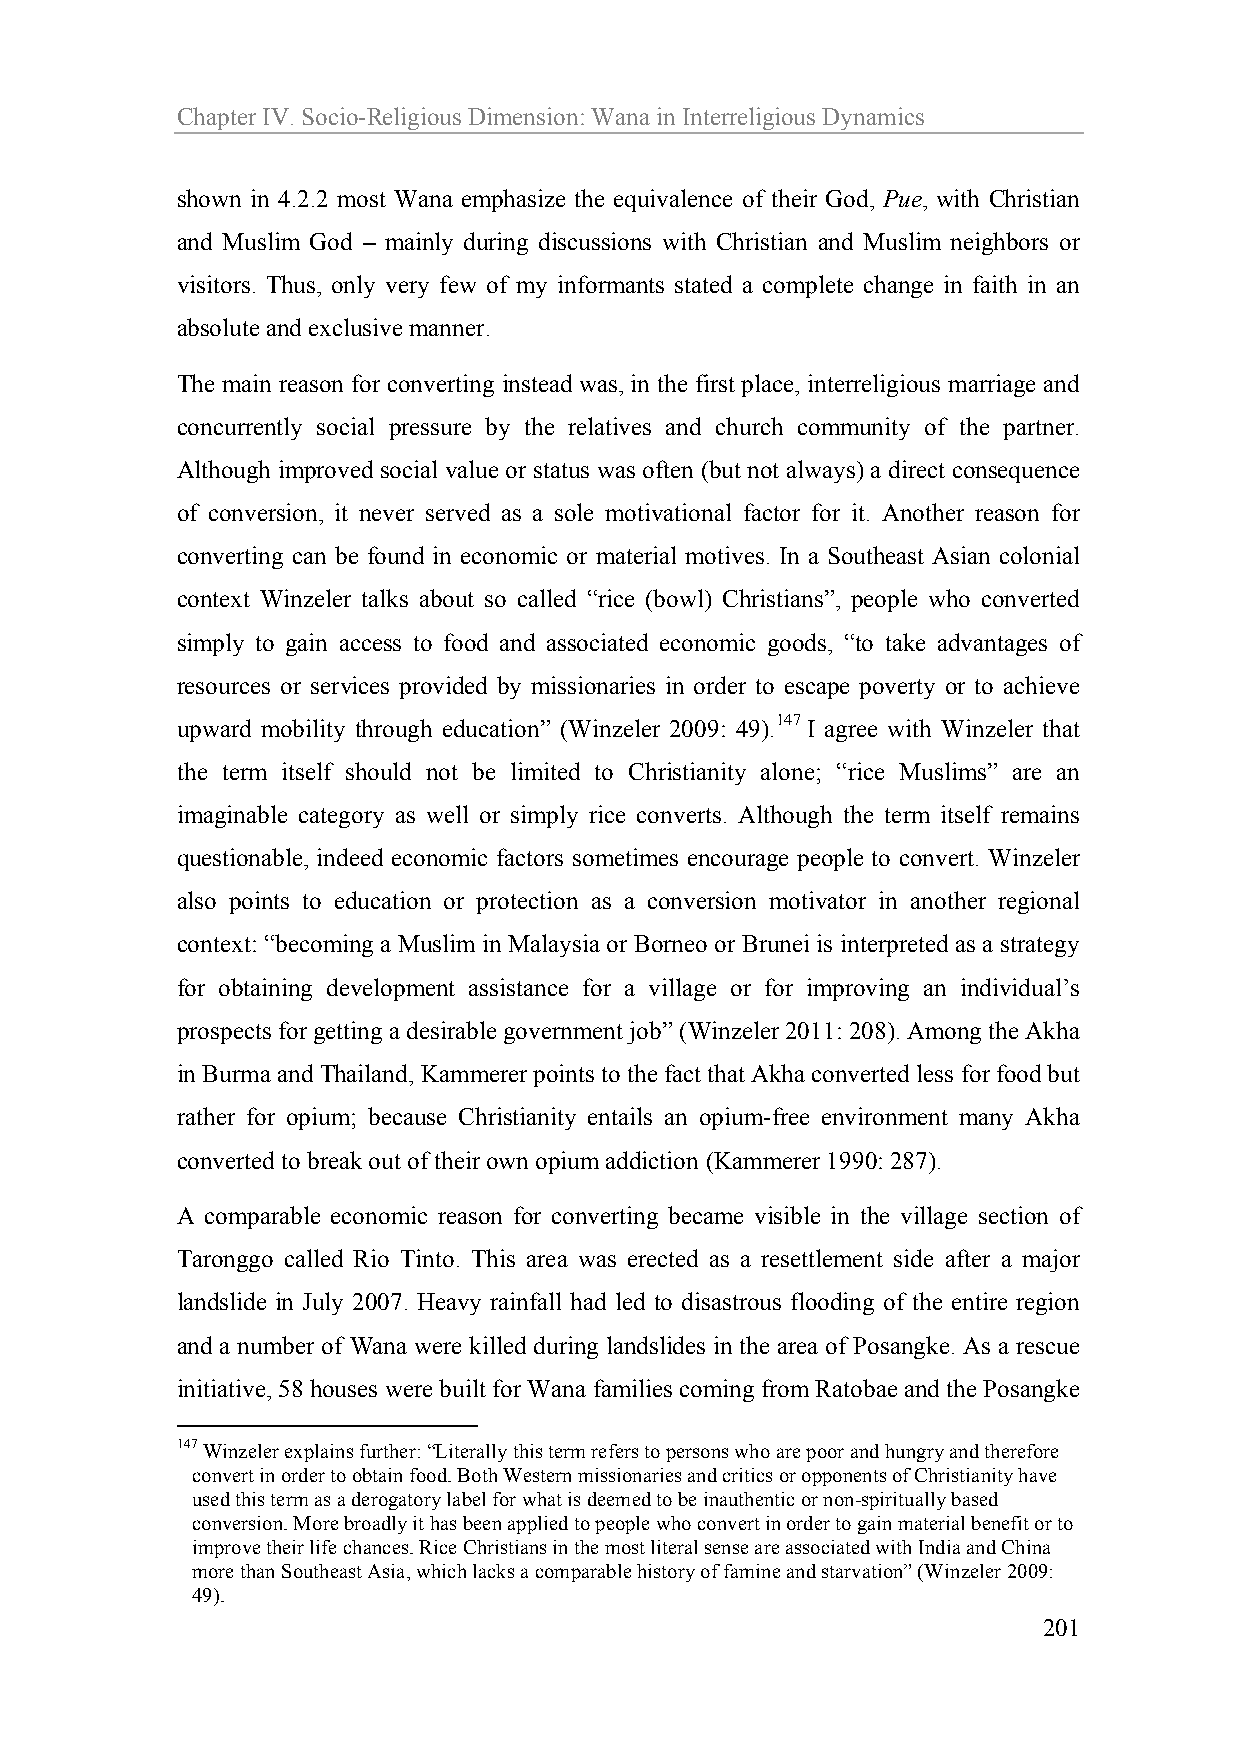
Chapter IV. Socio-Religious Dimension: Wana in Interreligious Dynamics
 shown in 4.2.2 most Wana emphasize the equivalence of their God, Pue, with Christian
 and Muslim God – mainly during discussions with Christian and Muslim neighbors or
 visitors. Thus, only very few of my informants stated a complete change in faith in an
 absolute and exclusive manner.
 The main reason for converting instead was, in the first place, interreligious marriage and
 concurrently social pressure by the relatives and church community of the partner.
 Although improved social value or status was often (but not always) a direct consequence
 of conversion, it never served as a sole motivational factor for it. Another reason for
 converting can be found in economic or material motives. In a Southeast Asian colonial
 context Winzeler talks about so called “rice (bowl) Christians”, people who converted
 simply to gain access to food and associated economic goods, “to take advantages of
 resources or services provided by missionaries in order to escape poverty or to achieve
 upward mobility through education” (Winzeler 2009: 49).147 I agree with Winzeler that
 the term itself should not be limited to Christianity alone; “rice Muslims” are an
 imaginable category as well or simply rice converts. Although the term itself remains
 questionable, indeed economic factors sometimes encourage people to convert. Winzeler
 also points to education or protection as a conversion motivator in another regional
 context: “becoming a Muslim in Malaysia or Borneo or Brunei is interpreted as a strategy
 for obtaining development assistance for a village or for improving an individual’s
 prospects for getting a desirable government job” (Winzeler 2011: 208). Among the Akha
 in Burma and Thailand, Kammerer points to the fact that Akha converted less for food but
 rather for opium; because Christianity entails an opium-free environment many Akha
 converted to break out of their own opium addiction (Kammerer 1990: 287).
 A comparable economic reason for converting became visible in the village section of
 Taronggo called Rio Tinto. This area was erected as a resettlement side after a major
 landslide in July 2007. Heavy rainfall had led to disastrous flooding of the entire region
 and a number of Wana were killed during landslides in the area of Posangke. As a rescue
 initiative, 58 houses were built for Wana families coming from Ratobae and the Posangke
 147 Winzeler explains further: “Literally this term refers to persons who are poor and hungry and therefore
 convert in order to obtain food. Both Western missionaries and critics or opponents of Christianity have
 used this term as a derogatory label for what is deemed to be inauthentic or non-spiritually based
 conversion. More broadly it has been applied to people who convert in order to gain material benefit or to
 improve their life chances. Rice Christians in the most literal sense are associated with India and China
 more than Southeast Asia, which lacks a comparable history of famine and starvation” (Winzeler 2009:
 49).
 201